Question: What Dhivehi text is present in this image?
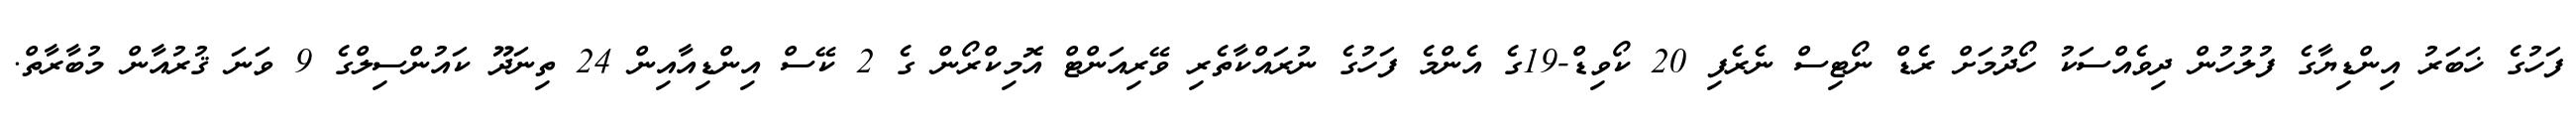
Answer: ފަހުގެ ޚަބަރު އިންޑިޔާގެ ފުލުހުން ދިވެއްސަކު ހޯދުމަށް ރެޑް ނޯޓިސް ނެރެފި 20 ކޯވިޑް-19ގެ އެންމެ ފަހުގެ ނުރައްކާތެރި ވޭރިއަންޓް އޮމިކްރޯން ގެ 2 ކޭސް އިންޑިއާއިން 24 ތިނަދޫ ކައުންސިލްގެ 9 ވަނަ ޤުރުއާން މުބާރާތް.